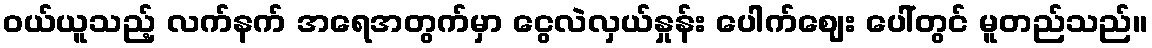
ဝယ်ယူသည့် လက်နက် အရေအတွက်မှာ ငွေလဲလှယ်နှုန်း ပေါက်ဈေး ပေါ်တွင် မူတည်သည်။